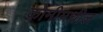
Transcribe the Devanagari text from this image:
कोमीमधील